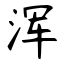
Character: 浑